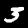
Digit: 3